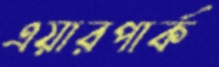
এয়ারপার্ক